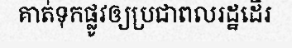
គាត់ទុកផ្លូវឲ្យប្រជាពលរដ្ឋដើរ